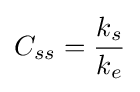
C_{ss}={\frac {k_{s}}{k_{e}}}